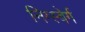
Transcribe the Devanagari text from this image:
निग्स्बेर्ग